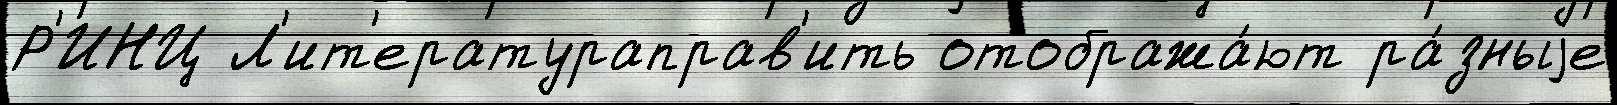
Р'ИНЦ Л'ит'ератураправ'ить отобража́ют ра́зныjе